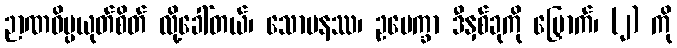
ဉာဏဝိပ္ပယုတ်စိတ် လို့ခေါ်တယ်၊ သောမနဿ၊ ဥပေက္ခာ ဒီနှစ်ခုကို မြှောက်၊ (၂) ကို